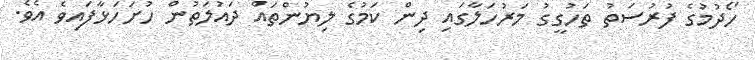
ހޯދުމުގެ ފުރުސަތު ތަހުގީގު މަރުހަލާގައި ދިން ކަމުގެ ލިޔުންތައް ދައުލަތުން ހުށަހަޅާފައިވެ އެވެ.